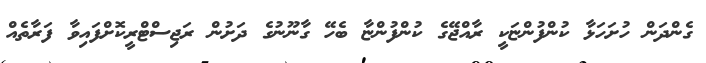
ގެންދަން ހުށަހަޅާ ކުންފުންޏަކީ ރާއްޖޭގެ ކުންފުންޏާ ބެހޭ ގާނޫނުގެ ދަށުން ރަޖިސްޓްރީކޮށްފައިވާ ފަރާތެއް